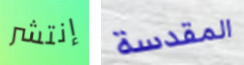
إنتشر المقدسة